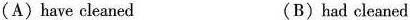
(A) have cleaned (B) had cleaned